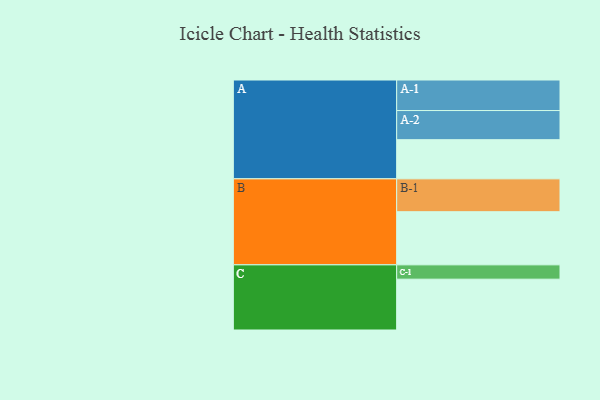
{"axis": {"x": "Segment", "y": "Value"}, "legend": ["", "A", "B", "C"], "data": [{"x": "A", "y": 336, "type": ""}, {"x": "B", "y": 456, "type": ""}, {"x": "C", "y": 436, "type": ""}, {"x": "A-1", "y": 262, "type": "A"}, {"x": "A-2", "y": 250, "type": "A"}, {"x": "B-1", "y": 282, "type": "B"}, {"x": "C-1", "y": 123, "type": "C"}]}